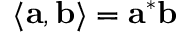
\langle \mathbf { a } , \mathbf { b } \rangle = \mathbf { a } ^ { * } \mathbf { b }